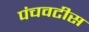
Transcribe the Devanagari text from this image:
पंचवटीस